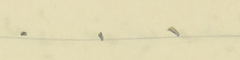
.    .    .